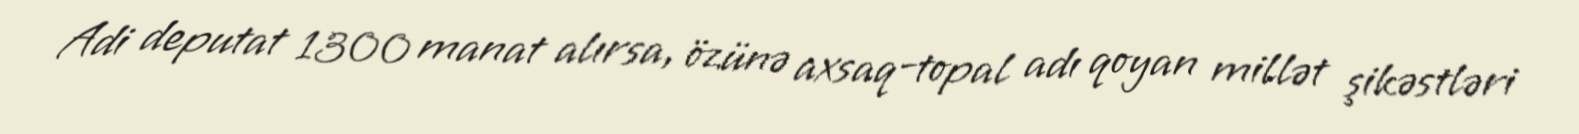
Adi deputat 1300 manat alırsa, özünə axsaq-topal adı qoyan millət şikəstləri